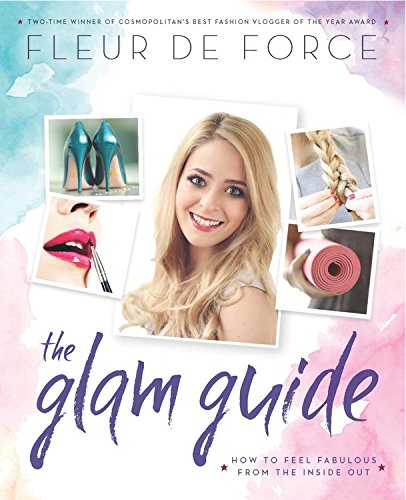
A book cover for The Glam Guide; Fleur De Force; Crafts, Hobbies & Home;